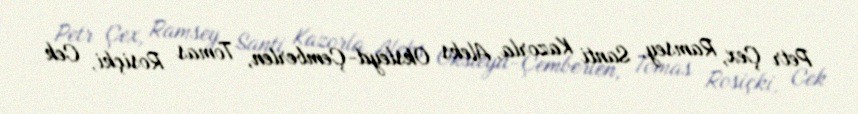
Petr Çex, Ramsey, Santi Kazorla, Aleks Oksleyd-Çemberlen, Tomas Rosiçki, Cek